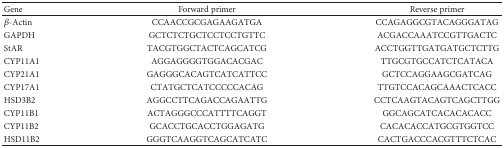
<table><thead><tr><td><b>Gene</b></td><td><b>Forward primer</b></td><td><b>Reverse primer</b></td></tr></thead><tbody><tr><td><i>β</i>-Actin</td><td>CCAACCGCGAGAAGATGA</td><td>CCAGAGGCGTACAGGGATAG</td></tr><tr><td>GAPDH</td><td>GCTCTCTGCTCCTCCTGTTC</td><td>ACGACCAAATCCGTTGACTC</td></tr><tr><td>StAR</td><td>TACGTGGCTACTCAGCATCG</td><td>ACCTGGTTGATGATGCTCTTG</td></tr><tr><td>CYP11A1</td><td>AGGAGGGGTGGACACGAC</td><td>TTGCGTGCCATCTCATACA</td></tr><tr><td>CYP21A1</td><td>GAGGGCACAGTCATCATTCC</td><td>GCTCCAGGAAGCGATCAG</td></tr><tr><td>CYP17A1</td><td>CTATGCTCATCCCCCACAG</td><td>TTGTCCACAGCAAACTCACC</td></tr><tr><td>HSD3B2</td><td>AGGCCTTCAGACCAGAATTG</td><td>CCTCAAGTACAGTCAGCTTGG</td></tr><tr><td>CYP11B1</td><td>ACTAGGGCCCATTTTCAGGT</td><td>GGCAGCATCACACACACC</td></tr><tr><td>CYP11B2</td><td>GCACCTGCACCTGGAGATG</td><td>CACACACCATGCGTGGTCC</td></tr><tr><td>HSD11B2</td><td>GGGTCAAGGTCAGCATCATC</td><td>CACTGACCCACGTTTCTCAC</td></tr></tbody></table>